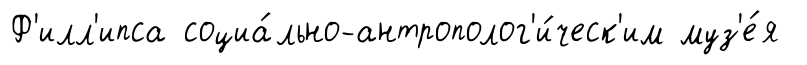
Ф'илл'ипса социа́льно-антрополог'и́ческ'им муз'е́я